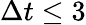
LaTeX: \Delta t\leq 3